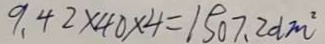
9 . 4 2 \times 4 0 \times 4 = 1 5 0 7 . 2 d m ^ { 2 }